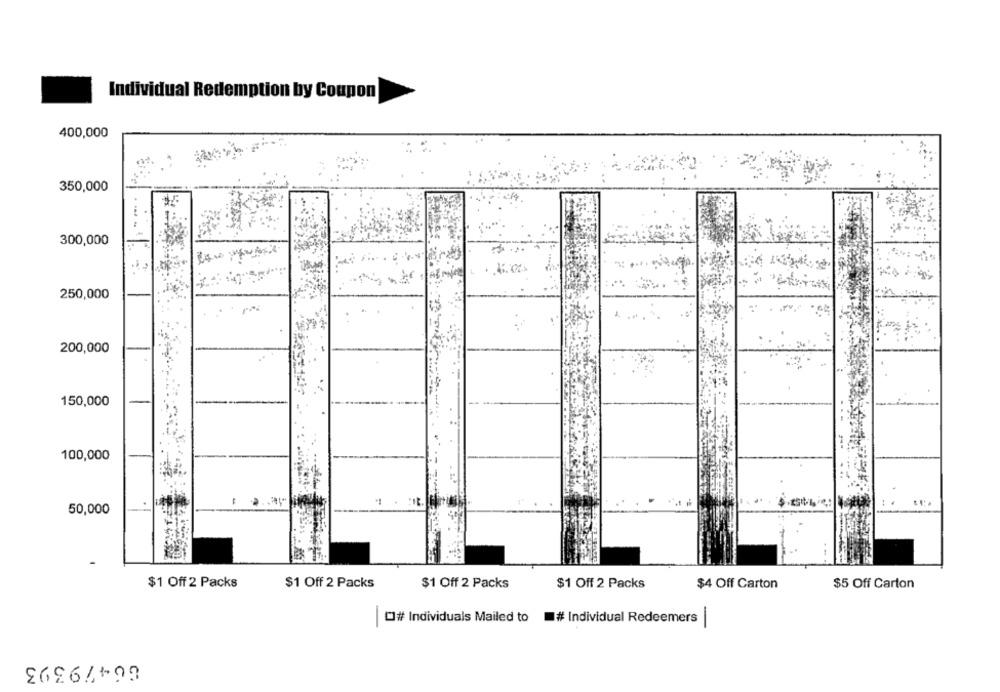
Individual Redemption by Coupon
400,000
350,000
300,000
250,000
200,000
150,000
100,000
50,000
$1 Off 2 Packs
$1 Off 2 Packs
$1 Off 2 Packs
$1 Off 2 Packs
$4 Off Carton
$5 Off Carton
O# Individuals Mailed to
# Individual Redeemers
66479393